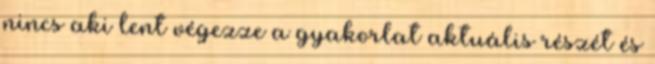
nincs aki lent végezze a gyakorlat aktuális részét és